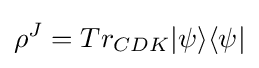
\rho ^{J}=Tr_{CDK}|\psi \rangle \langle \psi |